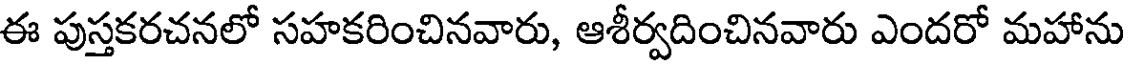
ఈ పుస్తకరచనలో సహకరించినవారు, ఆశీర్వదించినవారు ఎందరో మహాను